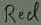
Text: Red